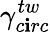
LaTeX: \gamma_{c\mathbf{i}rc}^{tw}